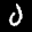
Label: 0